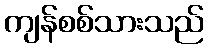
ကျန်စစ်သားသည်